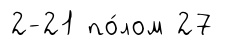
2-21 по́лом 27